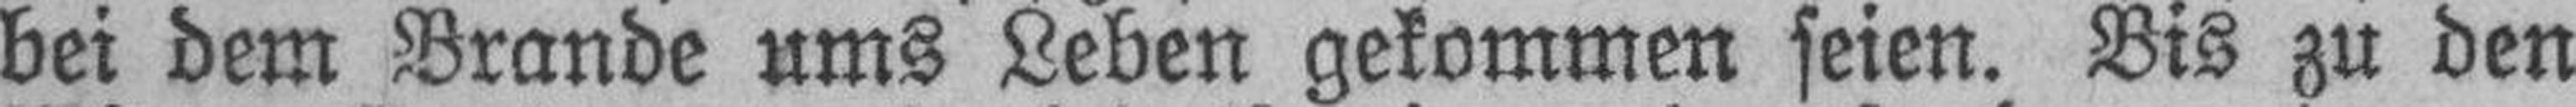
bei dem Brande ums Leben gekommen seien. Bis zu den